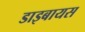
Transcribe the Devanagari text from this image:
डाइबायस